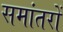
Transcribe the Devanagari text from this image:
समांतरों